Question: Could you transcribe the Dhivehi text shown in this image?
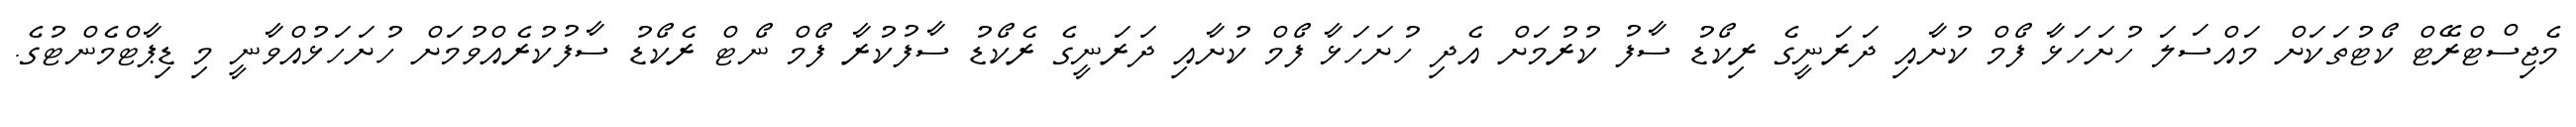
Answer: މެޖިސްޓްރޭޓް ކޯޓުތަކަށް މައްސަލަ ހުށަހަޅާ ފޯމް ކުށާއި ދަރަނީގެ ރިކޯޑު ސާފު ކުރުމަށް އެދި ހުށަހަޅާ ފޯމް ކުށާއި ދަރަނީގެ ރެކޯޑު ސާފުކުރާ ފޯމް ނޯޓް ރެކޯޑު ސާފުކުރެއްވުމަށް ހުށަހަޅުއްވާނީ މި ޑިޕާޓްމެންޓުގެ.